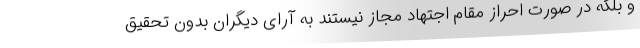
و بلکه در صورت احراز مقام اجتهاد مجاز نیستند به آرای دیگران بدون تحقیق